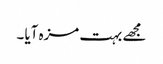
مجھے بہت مزہ آیا ۔